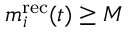
m _ { i } ^ { \mathrm { r e c } } ( t ) \geq M